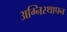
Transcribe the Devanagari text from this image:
अग्निस्थापन